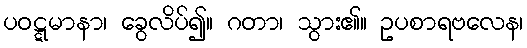
ပဝဋ္ဋမာနာ၊ ခွေလိပ်၍။ ဂတာ၊ သွား၏။ ဥပစာရဗလေန၊